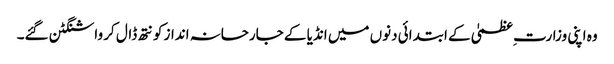
وہ اپنی وزارت ِعظمیٰ کے ابتدائی دنوں میں انڈیا کے جارحانہ انداز کو نتھ ڈال کر واشنگٹن گئے۔